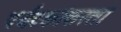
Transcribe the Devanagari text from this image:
पर्यटकांकरता